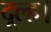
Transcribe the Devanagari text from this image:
दूल्ह।